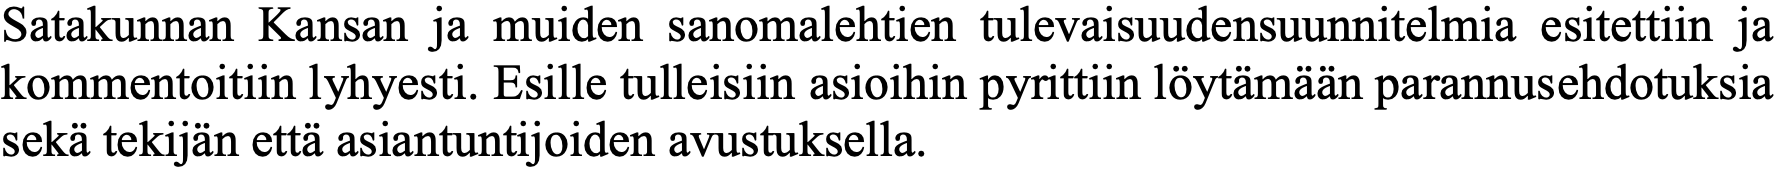
Satakunnan Kansan ja muiden sanomalehtien tulevaisuudensuunnitelmia esitettiin ja kommentoitiin lyhyesti. Esille tulleisiin asioihin pyrittiin löytämään parannusehdotuksia sekä tekijän että asiantuntijoiden avustuksella.